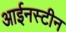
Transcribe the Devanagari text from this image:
आईनस्टीन